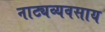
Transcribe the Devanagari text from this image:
नाट्यव्यवसाय